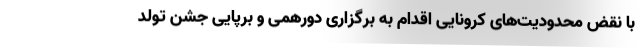
با نقض محدودیت‌های کرونایی اقدام به برگزاری دورهمی و برپایی جشن تولد